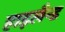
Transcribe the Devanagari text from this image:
हाइलैन्ड